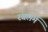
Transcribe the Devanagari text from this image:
रंबलमें